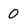
Character: 0